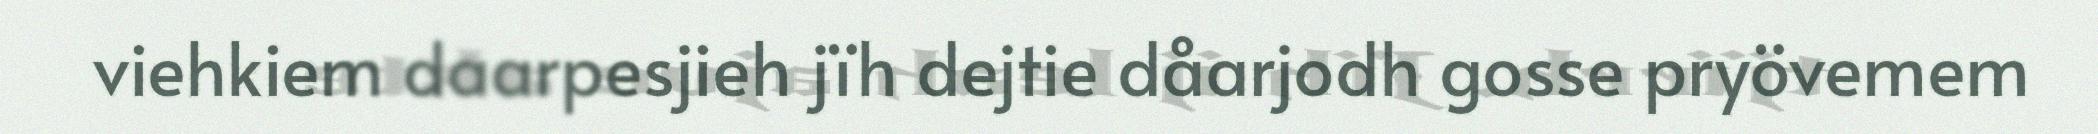
viehkiem daarpesjieh jïh dejtie dåarjodh gosse pryövemem